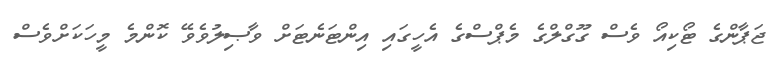
ޖަޕާންގެ ޓޯކިއޯ ވެސް ގޫގްލްގެ މެޕްސްގެ އެހީގައި އިންޓަނެޓަށް ވާޞިލުވެވޭ ކޮންމެ މީހަކަށްވެސް